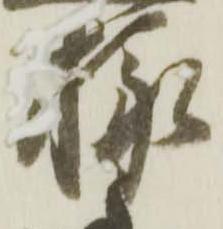
様